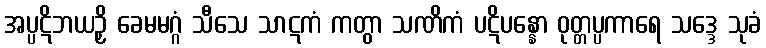
အပ္ပဋိဘယဉှိ ခေမမဂ္ဂံ သီသေ သာဋကံ ကတွာ သဏိကံ ပဋိပန္နော ဝုတ္တပ္ပကာရေ သဒ္ဒေ သုခံ